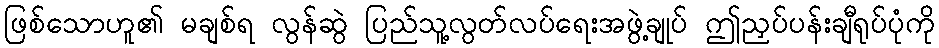
ဖြစ်သောဟူ၏ မချစ်ရ လွန်ဆွဲ ပြည်သူ့လွတ်လပ်ရေးအဖွဲ့ချုပ် ဤညှပ်ပန်းချီရုပ်ပုံကို